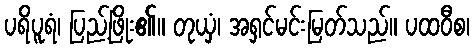
ပရိပူရံ၊ ပြည့်ဖြိုး၏။ တုယှံ၊ အရှင်မင်းမြတ်သည်။ ပထဝီစ၊